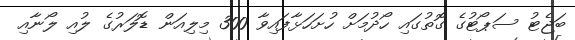
ބަޖެޓު ސަޕޯޓުގެ ގޮތުގައި ހޯދުމަށް ހުށަހަޅާފައިވާ 300 މިލިއަން ޑޮލަރުގެ ލުއި ލޯނާއި